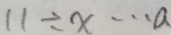
1 1 \div x \cdots a